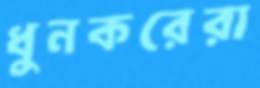
ধুনকরেরা